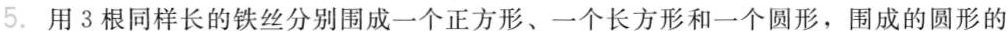
3.半圆的面积是它所在圆的面积的一半，半圆的周长也是它所在圆的周长的一半。( )